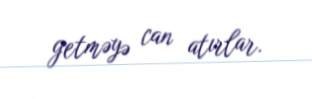
getməyə can atırlar.